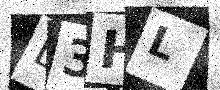
Text: D3HL